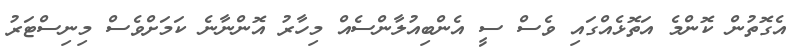
އެގޮތުން ކޮންމެ އަތޮޅެއްގައި ވެސް ސީ އެންބިއުލާންސެއް މިހާރު އޮންނާނެ ކަމަށްވެސް މިނިސްޓަރު